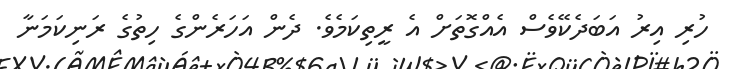
ހުރި އިރު އަބަދެކޭވެސް އެއްގޮތަށް އެ ރީތިކަމެވެ. ދެން އަހަރެންގެ ހިތުގެ ރަނިކަމަނާ